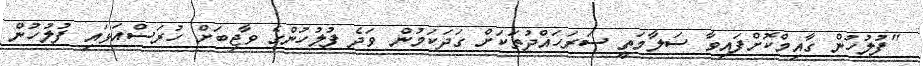
"ފުލުހުން ގާއިމްކޮށްފައިވާ ސަލާމަތީ ސަރަހައްދުތަކަށް ގަދަކަމުން ވަދެ ފުލުހުންގެ ވާޖިބަށް ހުރަސްއަޅައި ފުލުހުން